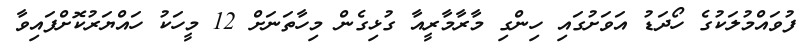
ފުވައްމުލަކުގެ ހޯދަޑު އަވަށުގައި ހިންގި މާރާމާރީއާ ގުޅިގެން މިހާތަނަށް 12 މީހަކު ހައްޔަރުކޮށްފައިވާ